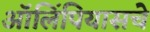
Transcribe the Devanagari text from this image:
ऑलिंपियासचे